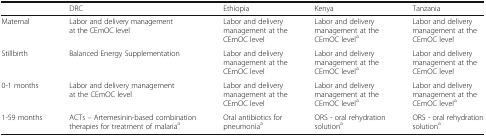
|  | DRC | Ethiopia | Kenya | Tanzania |
 | --- | --- | --- | --- | --- |
 | Maternal | Labor and delivery management at the CEmOC level | Labor and delivery management at the CEmOC level | Labor and delivery management at the CEmOC levela | Labor and delivery management at the CEmOC level |
 | Stillbirth | Balanced Energy Supplementation | Labor and delivery management at the CEmOC level | Labor and delivery management at the CEmOC levela | Labor and delivery management at the CEmOC level |
 | 0-1 months | Labor and delivery management at the CEmOC level | Labor and delivery management at the CEmOC level | Labor and delivery management at the CEmOC levela | Labor and delivery management at the CEmOC levela |
 | 1-59 months | ACTs – Artemesinin-based combination therapies for treatment of malariaa | Oral antibiotics for pneumoniaa | ORS - oral rehydration solutiona | ORS - oral rehydration solutiona |